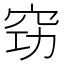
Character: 𥥙